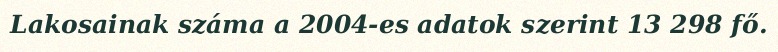
Lakosainak száma a 2004-es adatok szerint 13 298 fő.